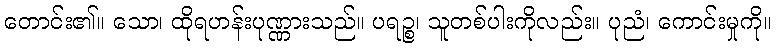
တောင်း၏။ သော၊ ထိုရဟန်းပုဏ္ဏားသည်။ ပရဉ္စ၊ သူတစ်ပါးကိုလည်း။ ပုညံ၊ ကောင်းမှုကို။